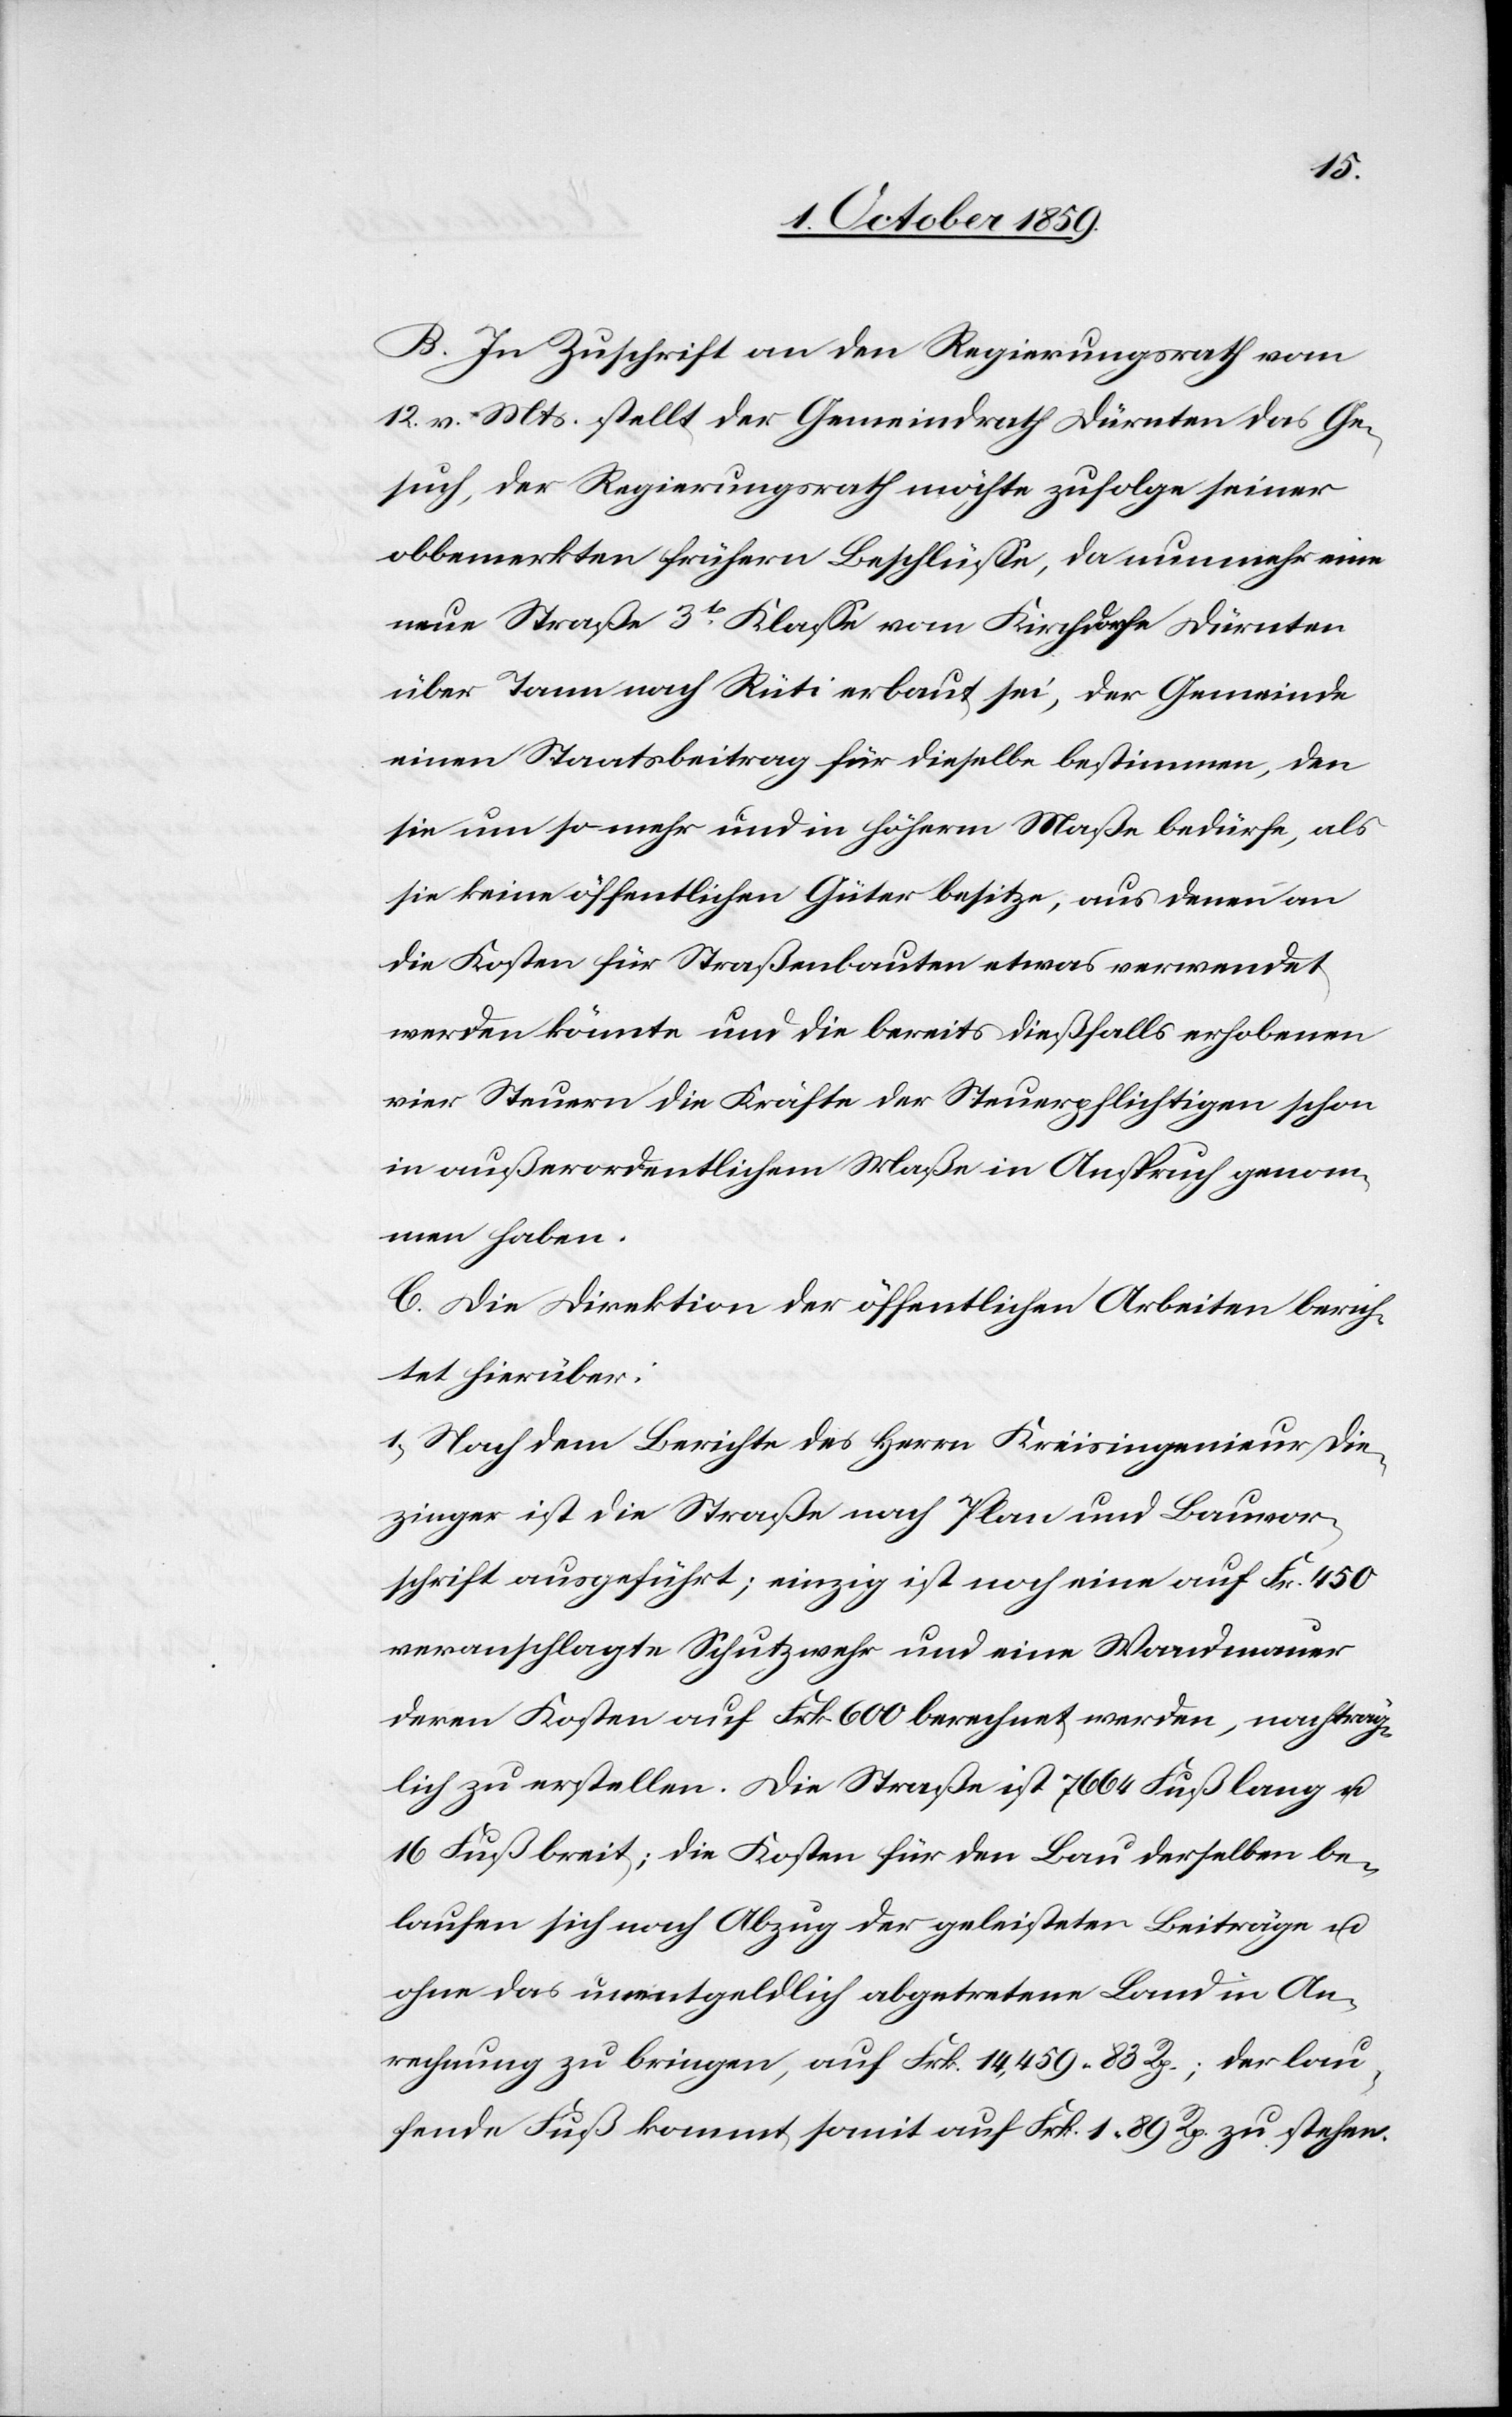
B. In Zuschrift an den Regierungsrath vom
12. v. Mts. stellt der Gemeindrath Dürnten das Ge¬
such, der Regierungsrath möchte zufolge seiner
obbemerkten frühern Beschlüsse, da nunmehr eine
neue Straße 3t Klasse vom Kirchdorfe Dürnten
über Tann nach Rüti erbaut sei, der Gemeinde
einen Staatsbeitrag für dieselbe bestimmen, den
sie um so mehr und in höherm Maße bedürfe, als
sie keine öffentlichen Güter besitze, aus denen an
die Kosten für Straßenbauten etwas verwendet
werden könnte und die bereits dießfalls erhobenen
vier Steuern die Kräfte der Steuerpflichtigen schon
in außerordentlichem Maße in Anspruch genom¬
men haben.
C. Die Direktion der öffentlichen Arbeiten berich¬
tet hierüber:
1) Nach dem Berichte des Herrn Kreisingenieur Die¬
zinger ist die Straße nach Plan und Bauvor¬
schrift ausgeführt; einzig ist noch eine auf Frk. 450
veranschlagte Schutzwehr und eine Wandmauer
deren Kosten auf Frk. 600 berechnet werden, nachträg¬
lich zu erstellen. Die Straße ist 7664 Fuß lang u.
16 Fuß breit; die Kosten für den Bau derselben be¬
laufen sich nach Abzug der geleisteten Beiträge u.
ohne das unentgeldlich abgetretene Land in An¬
rechnung zu bringen, auf Frk. 14,459 83 Rp.; der lau¬
fende Fuß kommt somit auf Frk. 1 89 Rp. zu stehen.